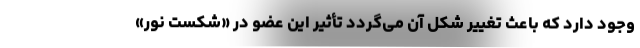
وجود دارد که باعث تغییر شکل آن می‌گردد تأثیر این عضو در «شکست نور»